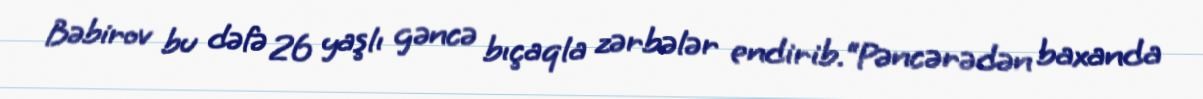
Bəbirov bu dəfə 26 yaşlı gəncə bıçaqla zərbələr endirib.“Pəncərədən baxanda